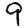
Digit: 9